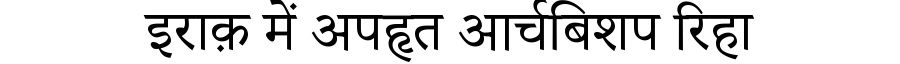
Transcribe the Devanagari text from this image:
इराक़ में अपहृत आर्चबिशप रिहा